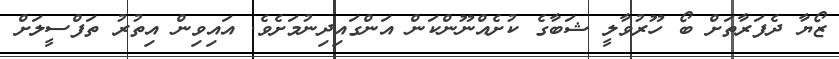
ޒޯޔާ ދެފަރާތަށް ބޯ ހޫރުވާލީ ޝަބާގެ ކުށެއްނޫންކަން އަންގައިދިނުމަށެވެ. އައިވިން އިތުރު ތަފްސީލަށް